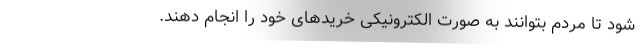
شود تا مردم بتوانند به صورت الکترونیکی خریدهای خود را انجام دهند.